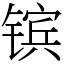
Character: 镔